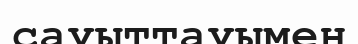
сауыттауымен